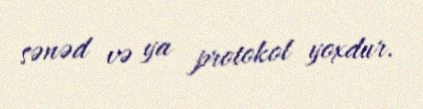
sənəd və ya protokol yoxdur.